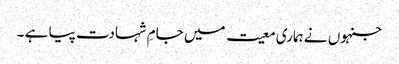
جنہوں نے ہماری معیت میں جامِ شہادت پیا ہے ۔